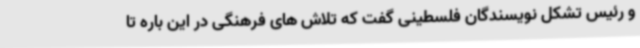
و رئیس تشکل نویسندگان فلسطینی گفت که تلاش های فرهنگی در این باره تا